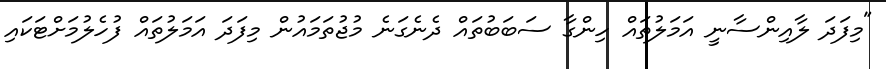
"މިފަދަ ލާއިންސާނީ އަމަލުތައް ހިންގާ ސަބަބުތައް ދެނެގަނެ މުޖުތަމައުން މިފަދަ އަމަލުތައް ފުހެލުމަށްޓަކައި